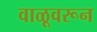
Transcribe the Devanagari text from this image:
वाळूवरून